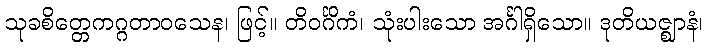
သုခစိတ္တေကဂ္ဂတာဝသေန၊ ဖြင့်။ တိဝင်္ဂိကံ၊ သုံးပါးသော အင်္ဂါရှိသော။ ဒုတိယဇ္ဈာနံ၊